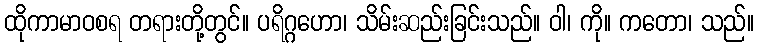
ထိုကာမာဝစရ တရားတို့တွင်။ ပရိဂ္ဂဟော၊ သိမ်းဆည်းခြင်းသည်။ ဝါ၊ ကို။ ကတော၊ သည်။